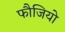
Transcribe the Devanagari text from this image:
फौजियो